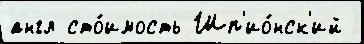
англ сто́имость Шп'ио́нск'ий